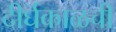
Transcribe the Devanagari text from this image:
दीर्घकाळची